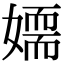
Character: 𡢉